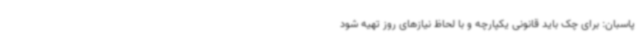
پاسبان: برای چک باید قانونی یکپارچه و با لحاظ نیازهای روز تهیه شود